Civil Veterinary Department. Madras. Admin. report 1926-33 - 1926-1933
Year: 1926
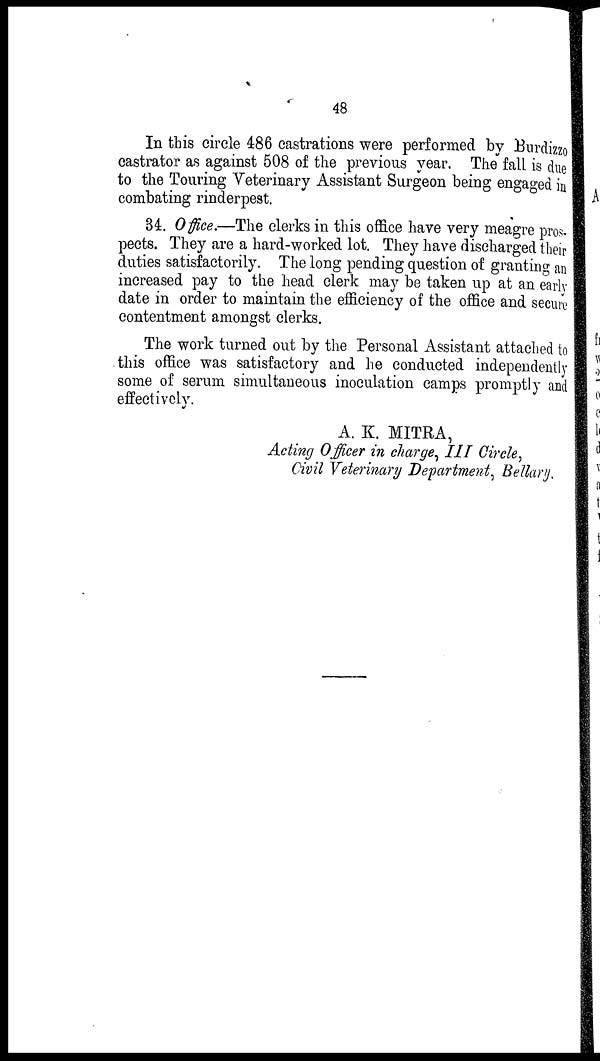
48
In this circle 486 castrations were performed by Burdizzo
castrator as against 508 of the previous year. The fall is due
to the Touring Veterinary Assistant Surgeon being engaged in
combating rinderpest.
34. Office.—The clerks in this office have very meagre pros-
pects. They are a hard-worked lot. They have discharged their
duties satisfactorily. The long pending question of granting an
increased pay to the head clerk may be taken up at an early
date in order to maintain the efficiency of the office and secure
contentment amongst clerks.
The work turned out by the Personal Assistant attached to
this office was satisfactory and he conducted independently
some of serum simultaneous inoculation camps promptly and
effectively.
A. K. MITRA,
Acting Officer in charge, III Circle,
Civil Veterinary Department, Bellary.